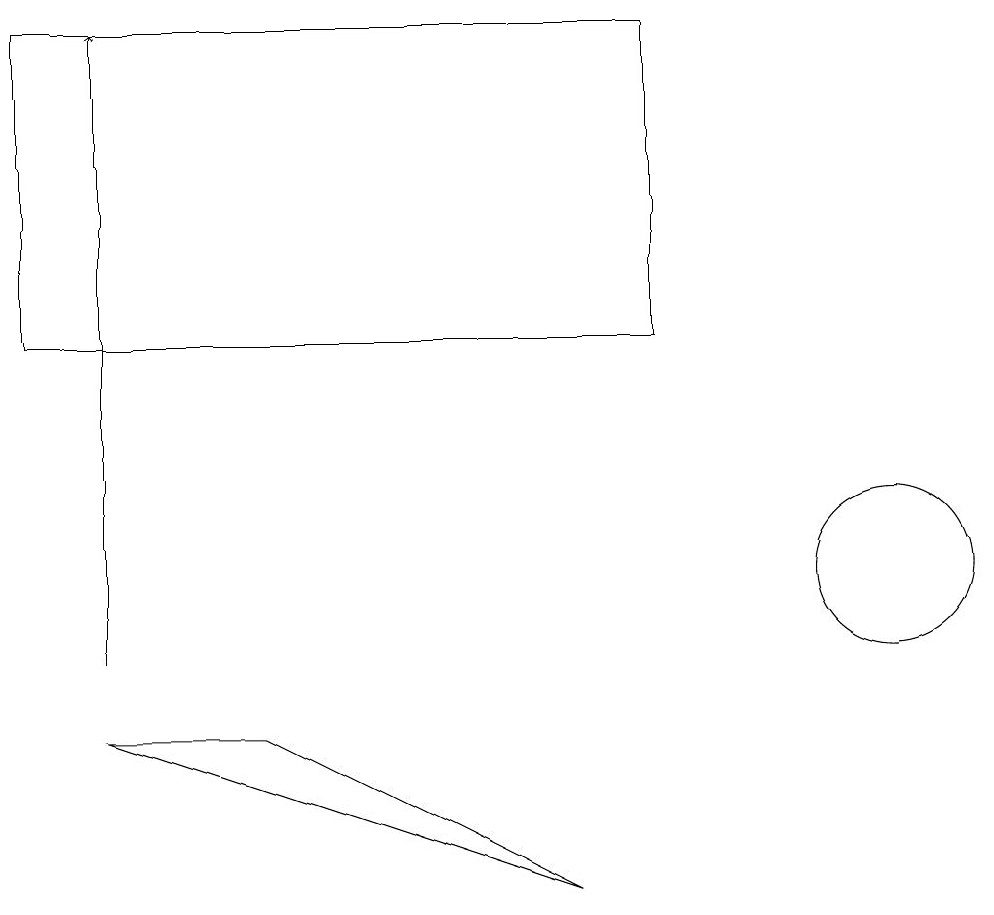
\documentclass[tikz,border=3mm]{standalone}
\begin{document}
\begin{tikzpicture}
\draw (11,11) circle (1);
\draw (3,9) -- (7,7) -- (1,9) -- cycle;
\draw (0,14) rectangle (8,18);
\draw[->] (1,10) -- (1,18);
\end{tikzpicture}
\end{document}